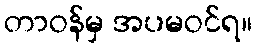
တာဝန်မှ အပမဝင်ရ။